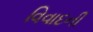
વિવાદની